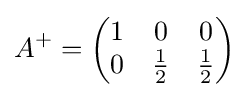
A^{+}={\begin{pmatrix}1&0&0\\0&{\frac {1}{2}}&{\frac {1}{2}}\end{pmatrix}}